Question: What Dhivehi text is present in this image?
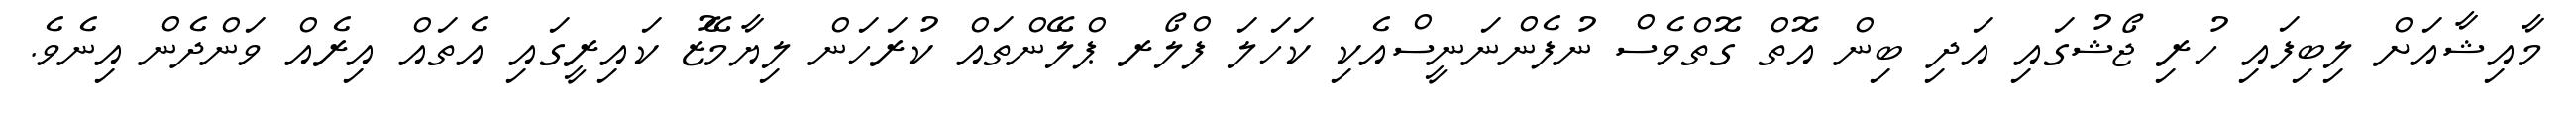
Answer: މާއިޝާއަށް ލިބިފައި ހުރި ޖޯޝުގައި އަދި ބިން އޮތް ގޮތްވެސް ނުފެންނަނީސްއެކި ކަހަލަ ފްލޯރ ޕްލޭންތައް ކުރަހަން ލިޔާމޭޒު ކައިރީގައި އެތައް އިރެއް ވަންދެން އިނެވެ.